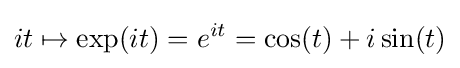
it\mapsto \exp(it)=e^{it}=\cos(t)+i\sin(t)